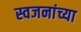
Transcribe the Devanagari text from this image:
स्वजनांच्या